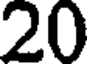
20